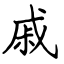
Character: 戚